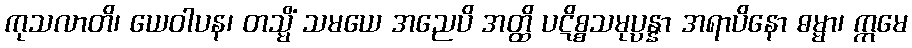
ကုသလာတိ၊ ယေဝါပန၊ တသ္မိံ သမယေ အညေပိ အတ္ထိ ပဋိစ္စသမုပ္ပန္နာ အရာပိနော ဓမ္မာ၊ ဣမေ